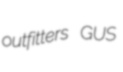
outfitters GUS